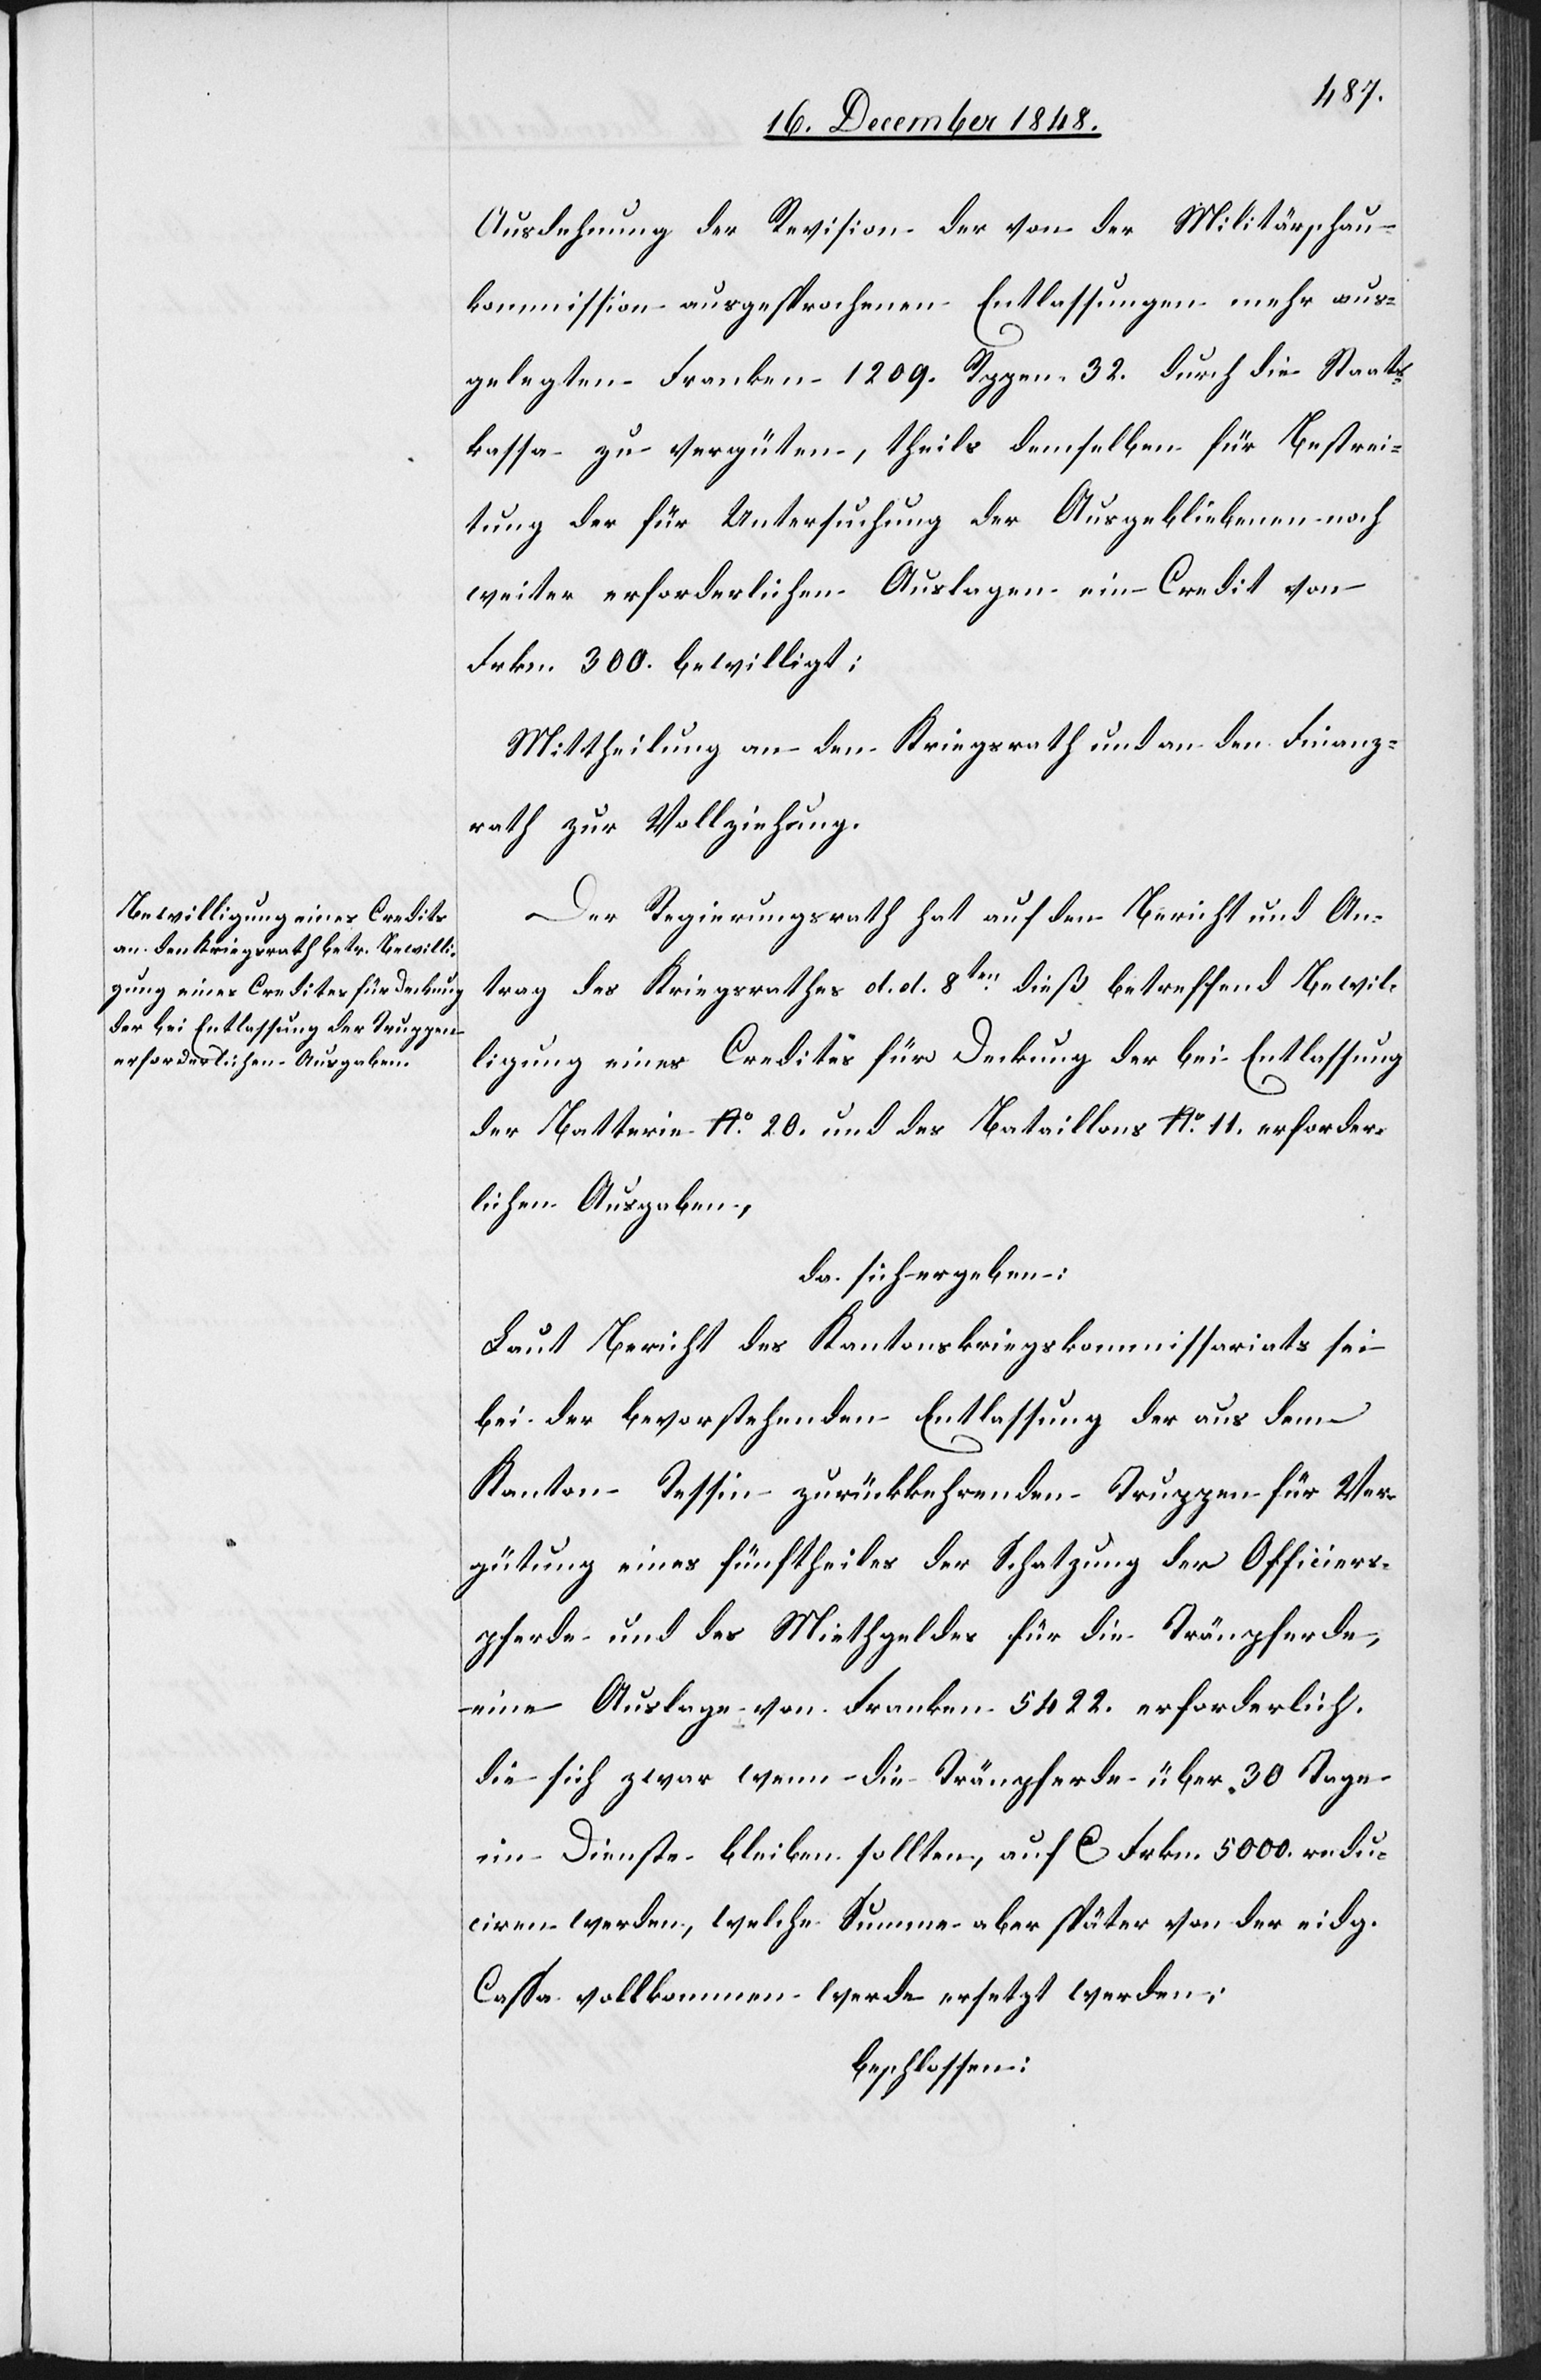
Ausdehnung der Revision der von der Militärschau¬
kommission ausgesprochenen Entlassungen mehr aus¬
gelegten Franken 1209. Rppn. 32. durch die Staats¬
kassa zu vergüten, theils demselben für Bestrei¬
tung der für Untersuchung der ausgebliebenen noch
weiter erforderlichen Auslagen ein Credit von
Frkn. 300. bewilligt.
Mittheilung an den Kriegsrath und an den Finanz¬
rath zur Vollziehung.
Der Regierungsrath hat auf den Bericht und An¬
trag des Kriegsrathes d. d. 8ten dieß betreffend Bewil¬
ligung eines Credites für Deckung der bei Entlassung
der Batterie No 20. und des Bataillons No 11. erforder¬
lichen Ausgaben,
da sich ergeben:
Laut Bericht des Kantonskriegskommissariats sei
bei der bevorstehenden Entlassung der aus dem
Kanton Tessin zurückkehrenden Truppen für Ver¬
gütung eines fünftheiles der Schatzung der Officiers¬
pferde und des Miethgeldes für die Tränpferde,
eine Auslage von Franken 5422. erforderlich.
Die sich zwar wenn die Tränpferde über 30 Tage
im Dienste bleiben sollten, auf ca Frkn. 5000. redu¬
ciren werden, welche Summe aber später von der eidg.
Cassa vollkommen werde ersetzt werden;
beschlossen: